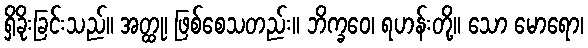
ရှိခိုးခြင်းသည်။ အတ္ထု၊ ဖြစ်စေသတည်း။ ဘိက္ခဝေ၊ ရဟန်းတို့။ သော မောရော၊